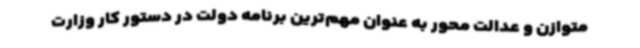
متوازن و عدالت محور به عنوان مهم‌ترین برنامه‌ دولت در دستور کار وزارت